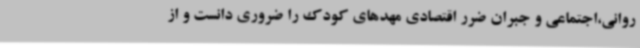
روانی،اجتماعی و جبران ضرر اقتصادی مهدهای کودک را ضروری دانست و از